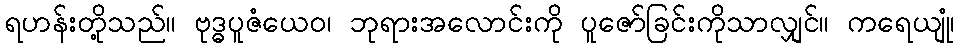
ရဟန်းတို့သည်။ ဗုဒ္ဓပူဇံယေဝ၊ ဘုရားအလောင်းကို ပူဇော်ခြင်းကိုသာလျှင်။ ကရေယျုံ၊